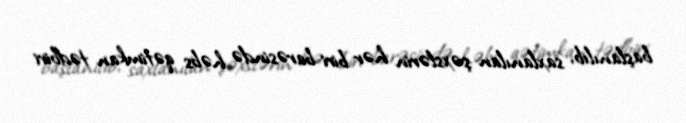
başlanılıb, saxlanılan şəxslərin hər biri barəsində həbs qətimkan tədbiri